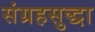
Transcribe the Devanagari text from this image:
संग्रहसुद्धा